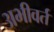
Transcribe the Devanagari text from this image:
अभीवर्त